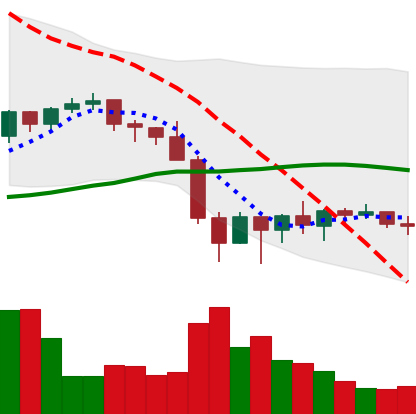
Ticker: BNB-USD
Chart end date: 2022-01-31
Forward return: 10.372%
Label: up_7plus